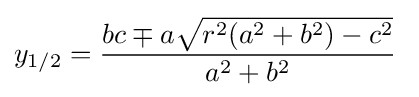
y_{1/2}={\frac {bc\mp a{\sqrt {r^{2}(a^{2}+b^{2})-c^{2}}}}{a^{2}+b^{2}}}\